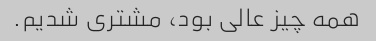
همه چیز عالی بود، مشتری شدیم.